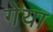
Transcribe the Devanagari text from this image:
गेया